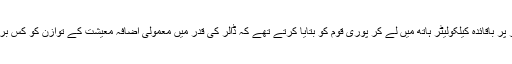
پی ٹی آئی کے ایک اور ماہر اقتصادیات جلسوں، پریس کانفرنسوں اور اسمبلی کے فلور پر باقائدہ کیلکولیٹر ہاتھ میں لے کر پوری قوم کو بتایا کرتے تھے کہ ڈالر کی قدر میں معمولی اضافہ معیشت کے توازن کو کس بری طرح متاثر کرتا ہے اور غیر ملکی قرضوں میں کتنے اضافے کا سبب بن جاتا ہے۔